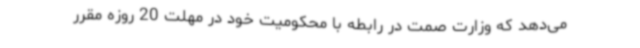
می‌دهد که وزارت صمت در رابطه با محکومیت خود در مهلت 20 روزه مقرر